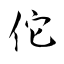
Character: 佗